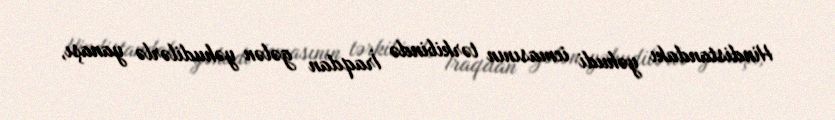
Hindistandakı yəhudi icmasının tərkibində İraqdan gələn yəhudilərlə yanaşı,